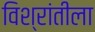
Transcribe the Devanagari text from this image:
विश्रांतीला